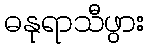
ဓနုရာသီဖွား